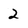
Character: 2